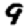
Digit: 9